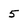
Character: 5